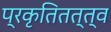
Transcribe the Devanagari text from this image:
प्रकृतितत्त्व